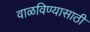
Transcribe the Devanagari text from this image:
वाळविण्यासाठी